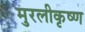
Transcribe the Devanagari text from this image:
मुरलीकृष्ण